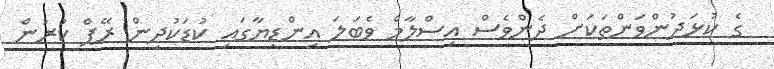
ގެ ކުޅަދުންވަންތަކަށް ދެންވެސް އިސްލާމް ވެބަލަ އިންޑިޔާގައި ކުޑަކުދިން ރޭޕް ކުރުން